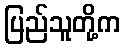
ပြည်သူတို့က